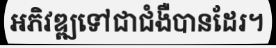
អភិវឌ្ឍទៅជាជំងឺបានដែរ។